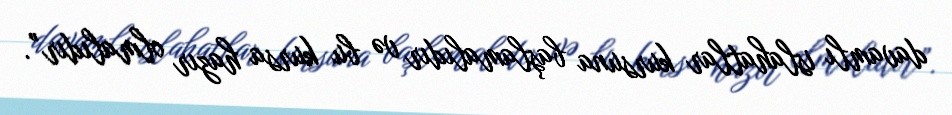
davamlı islahatlar kursuna başlamalıdır və bu kursa hazır olmalıdır”.